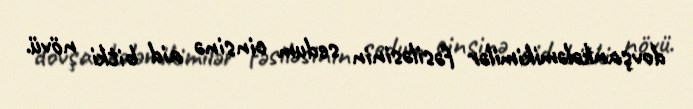
dovşankələmikimilər fəsiləsinin sedum cinsinə aid bitki növü.